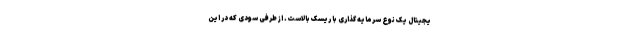
یجیتال یک نوع سرمایه گذاری با ریسک بالاست. از طرفی سودی که در این